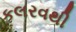
કલરવથી